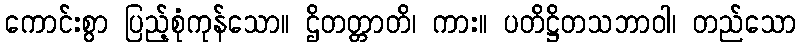
ကောင်းစွာ ပြည့်စုံကုန်သော။ ဌိတတ္တာတိ၊ ကား။ ပတိဋ္ဌိတသဘာဝါ၊ တည်သော